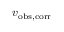
v _ { \mathrm { o b s , c o r r } }